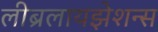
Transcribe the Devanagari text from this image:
लीब्रलायझेशन्स